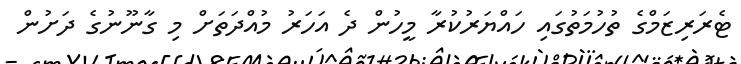
ޓެރަރިޒަމްގެ ތުހުމަތުގައި ހައްޔަރުކުރާ މީހުން ދެ އަހަރު މުއްދަތަށް މި ގާނޫނުގެ ދަށުން